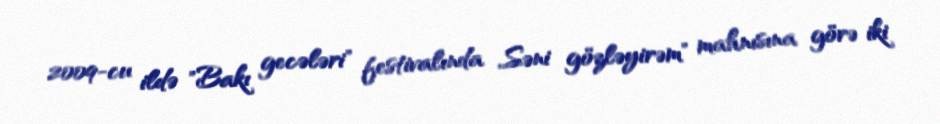
2009-cu ildə "Bakı gecələri" festivalında ,,Səni gözləyirəm" mahnısına görə iki